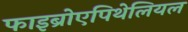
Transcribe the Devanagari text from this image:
फाइब्रोएपिथेलियल